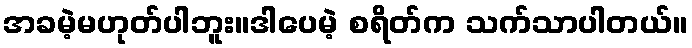
အခမဲ့မဟုတ်ပါဘူး။ဒါပေမဲ့ စရိတ်က သက်သာပါတယ်။